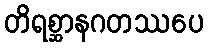
တိရစ္ဆာနဂတဿပေ